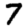
Digit: 7